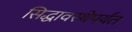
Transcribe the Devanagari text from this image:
सिद्धावस्थेपर्यंत